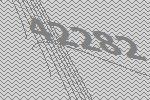
42282